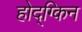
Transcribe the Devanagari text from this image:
होद्ग्किन